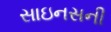
સાઇનસની